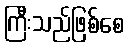
ကြီးသည်ဖြစ်စေ